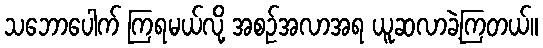
သဘောပေါက် ကြရမယ်လို့ အစဉ်အလာအရ ယူဆလာခဲ့ကြတယ်။